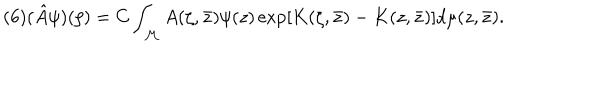
( 6 ) ( \hat { A } \psi ) ( \zeta ) = C \int _ { \cal M } A ( \zeta , \bar { z } ) \psi ( z ) \exp \left[ K ( \zeta , \bar { z } ) - K ( z , \bar { z } ) \right] d \mu ( z , \bar { z } ) .